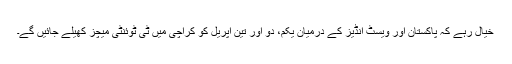
خیال رہے کہ پاکستان اور ویسٹ انڈیز کے درمیان یکم، دو اور تین اپریل کو کراچی میں ٹی ٹوئنٹی میچز کھیلے جائیں گے۔